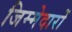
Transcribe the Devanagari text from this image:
जिम्मेदारों